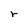
Character: r